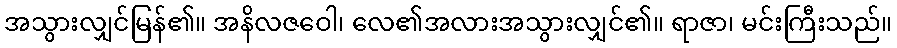
အသွားလျှင်မြန်၏။ အနိလဇဝေါ၊ လေ၏အလားအသွားလျှင်၏။ ရာဇာ၊ မင်းကြီးသည်။